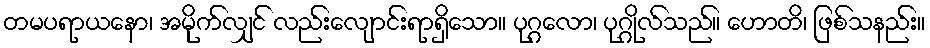
တမပရာယနော၊ အမိုက်လျှင် လည်းလျောင်းရာရှိသော။ ပုဂ္ဂလော၊ ပုဂ္ဂိုလ်သည်။ ဟောတိ၊ ဖြစ်သနည်း။